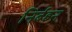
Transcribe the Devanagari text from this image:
निर्बहन